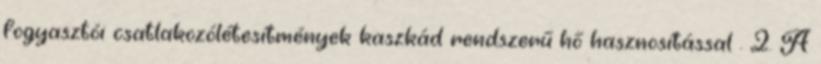
fogyasztói csatlakozólétesítmények kaszkád rendszerű hő hasznosítással . 2. A